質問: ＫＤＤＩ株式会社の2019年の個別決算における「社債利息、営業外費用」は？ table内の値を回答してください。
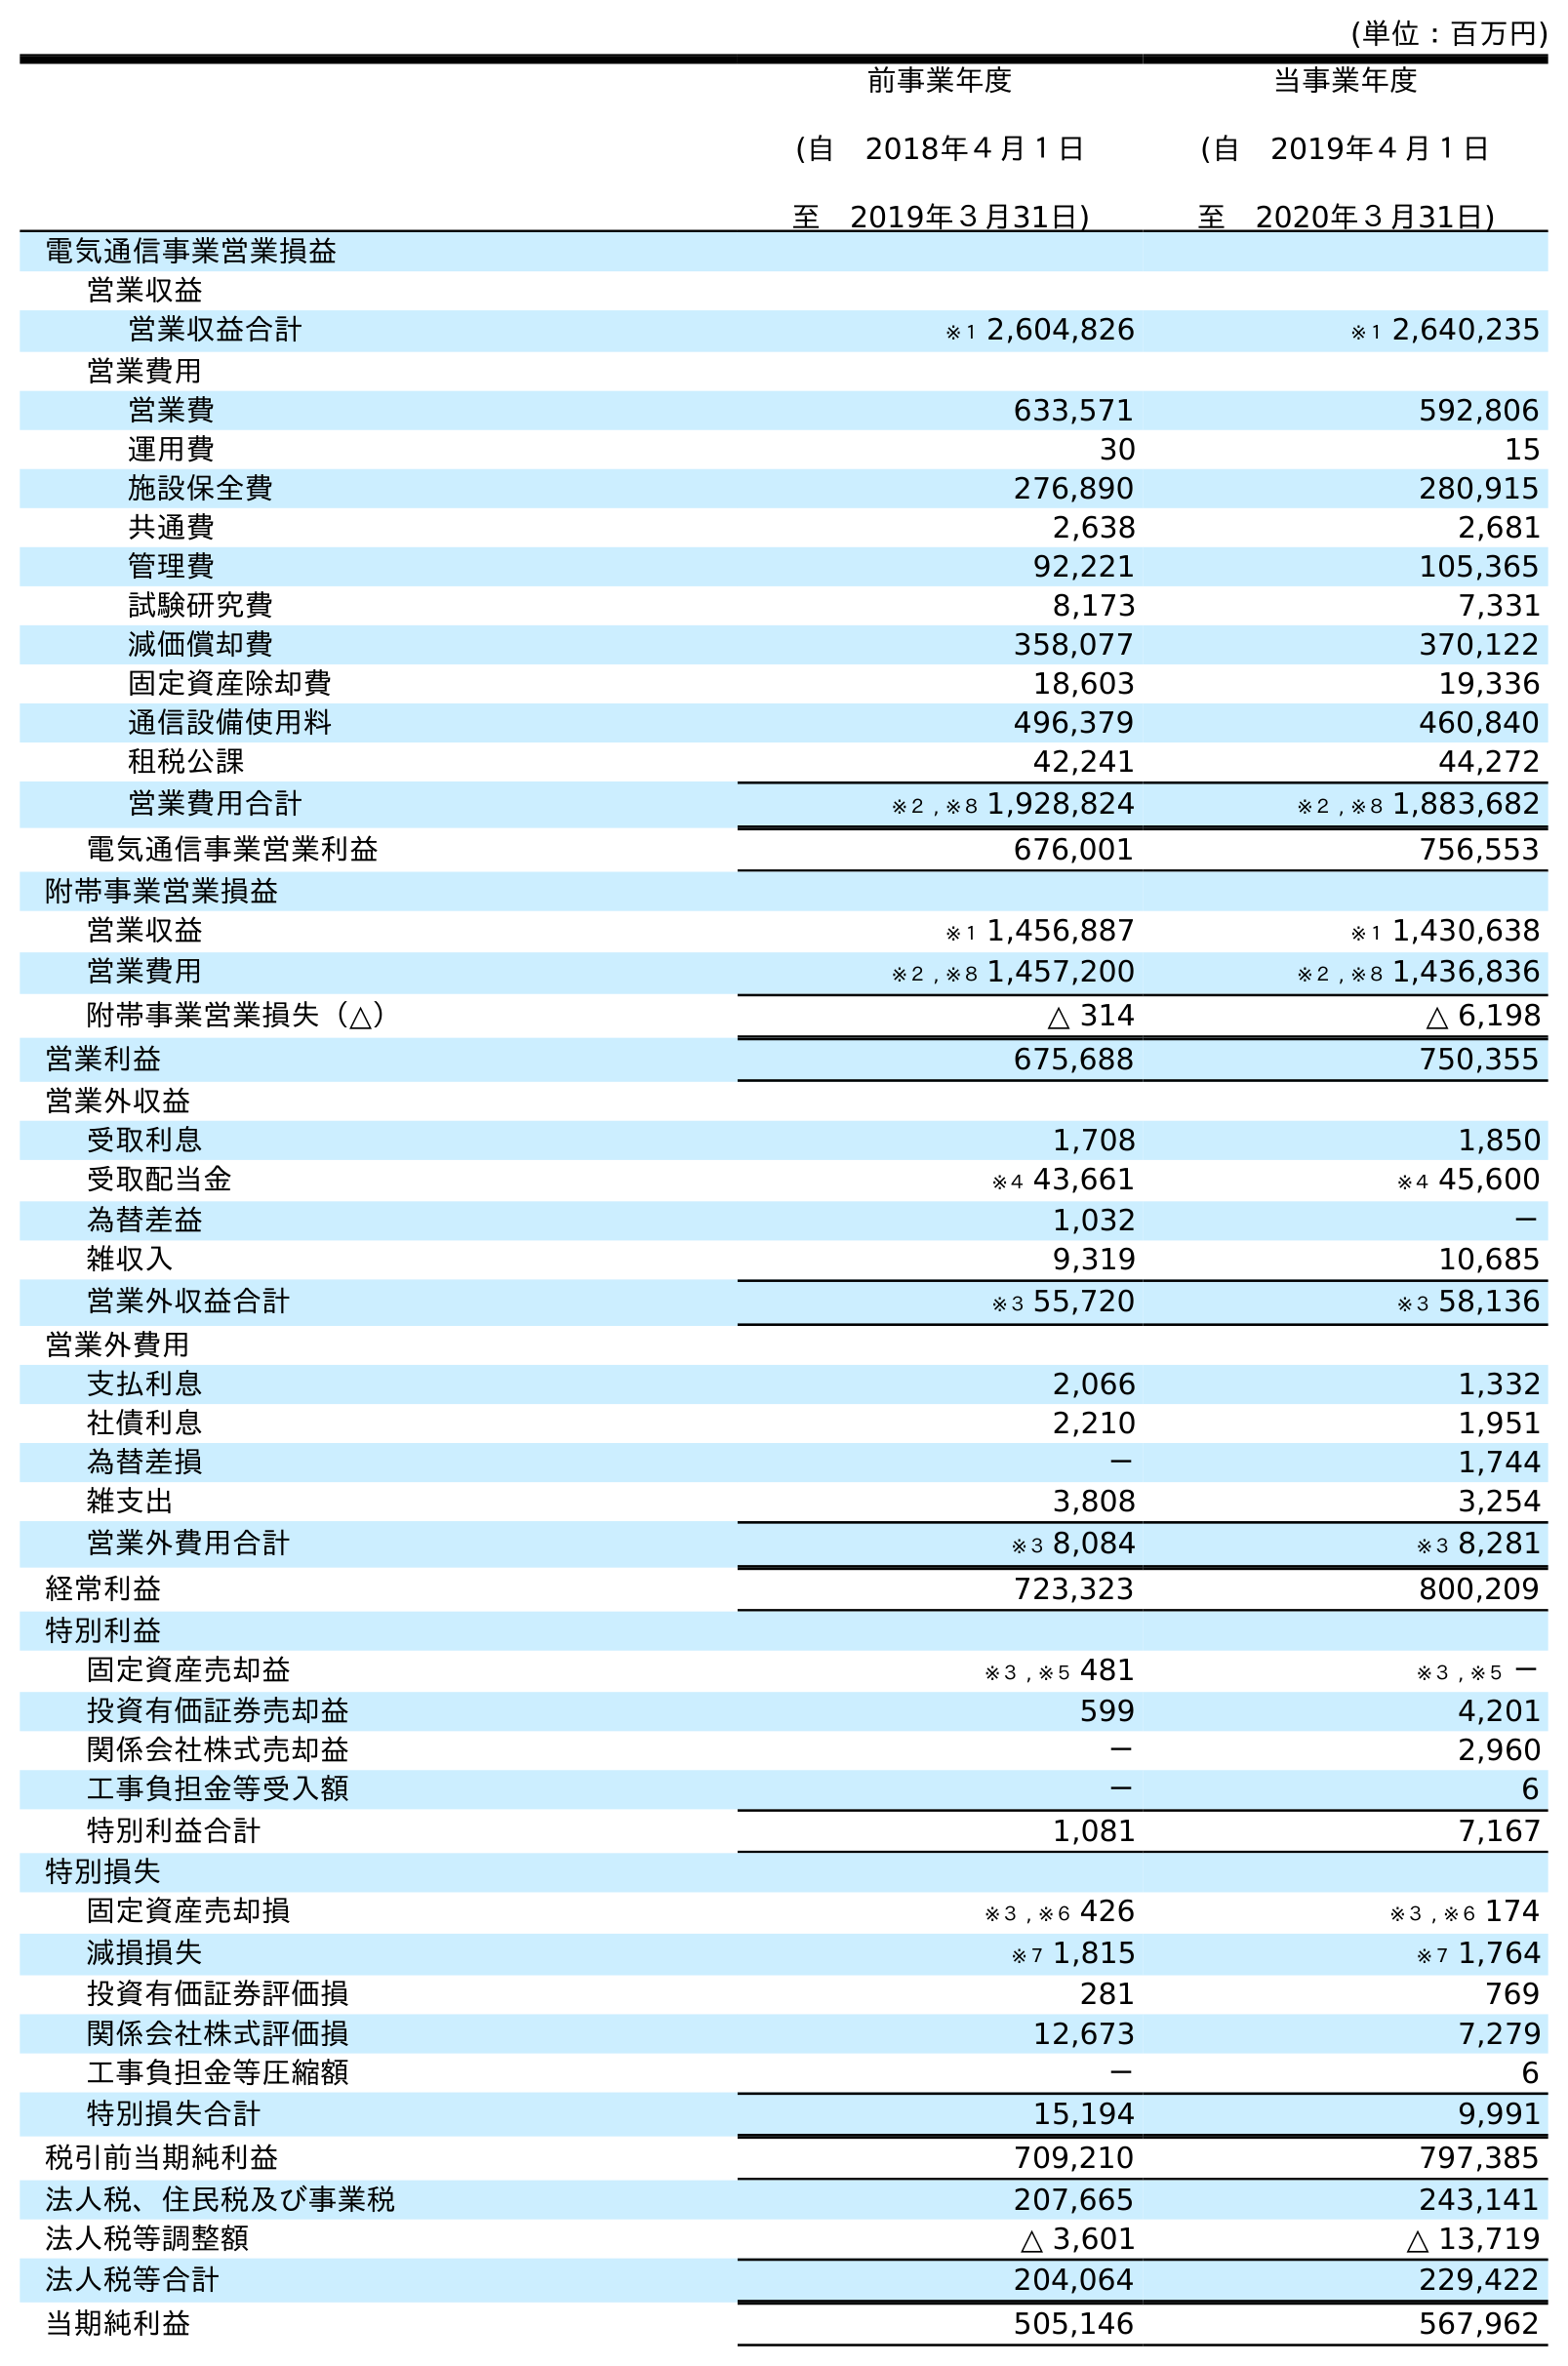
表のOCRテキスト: (単位：百万円) 前事業年度 (自 2018年４月１日 至 2019年３月31日) 当事業年度 (自 2019年４月１日 至 2020年３月31日) 電気通信事業営業損益 営業収益 営業収益合計 ※１ 2,604,826 ※１ 2,640,235 営業費用 営業費 633,571 592,806 運用費 30 15 施設保全費 276,890 280,915 共通費 2,638 2,681 管理費 92,221 105,365 試験研究費 8,173 7,331 減価償却費 358,077 370,122 固定資産除却費 18,603 19,336 通信設備使用料 496,379 460,840 租税公課 42,241 44,272 営業費用合計 ※２ , ※８ 1,928,824 ※２ , ※８ 1,883,682 電気通信事業営業利益 676,001 756,553 附帯事業営業損益 営業収益 ※１ 1,456,887 ※１ 1,430,638 営業費用 ※２ , ※８ 1,457,200 ※２ , ※８ 1,436,836 附帯事業営業損失（△） △ 314 △ 6,198 営業利益 675,688 750,355 営業外収益 受取利息 1,708 1,850 受取配当金 ※４ 43,661 ※４ 45,600 為替差益 1,032 － 雑収入 9,319 10,685 営業外収益合計 ※３ 55,720 ※３ 58,136 営業外費用 支払利息 2,066 1,332 社債利息 2,210 1,951 為替差損 － 1,744 雑支出 3,808 3,254 営業外費用合計 ※３ 8,084 ※３ 8,281 経常利益 723,323 800,209 特別利益 固定資産売却益 ※３ , ※５ 481 ※３ , ※５ － 投資有価証券売却益 599 4,201 関係会社株式売却益 － 2,960 工事負担金等受入額 － 6 特別利益合計 1,081 7,167 特別損失 固定資産売却損 ※３ , ※６ 426 ※３ , ※６ 174 減損損失 ※７ 1,815 ※７ 1,764 投資有価証券評価損 281 769 関係会社株式評価損 12,673 7,279 工事負担金等圧縮額 － 6 特別損失合計 15,194 9,991 税引前当期純利益 709,210 797,385 法人税、住民税及び事業税 207,665 243,141 法人税等調整額 △ 3,601 △ 13,719 法人税等合計 204,064 229,422 当期純利益 505,146 567,962
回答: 2,210